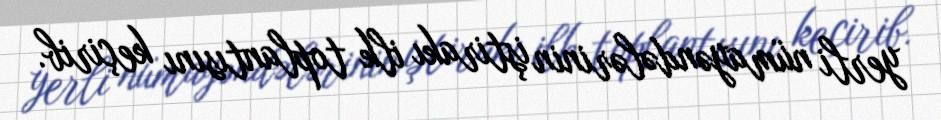
yerli nümayəndələrinin iştirakı ilk toplantısını keçirib.